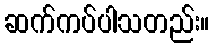
ဆက်ကပ်ပါသတည်း။